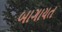
બાગાયત